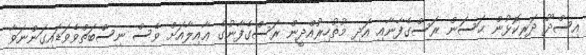
އިސްދޫ ދަރިކޮޅުން ޙަސަން ރަސްގެފާނާއި އަދި މުޡުހިރުއްދީން ރަސްގެފާނުގެ ޢާއިލާއަށް ވެސް ނިސްބަތްވެވަޑައިގަންނަވާ